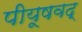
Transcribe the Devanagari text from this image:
पीयूषवद्